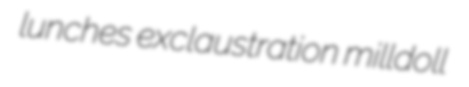
lunches exclaustration milldoll